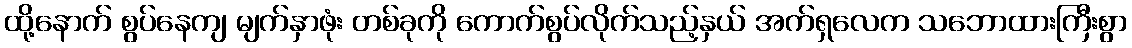
ထို့နောက် စွပ်နေကျ မျက်နှာဖုံး တစ်ခုကို ကောက်စွပ်လိုက်သည့်နှယ် အက်ရှလေက သဘောထားကြီးစွာ